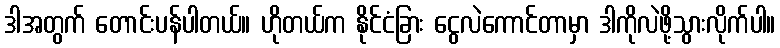
ဒါအတွက် တောင်းပန်ပါတယ်။ ဟိုတယ်က နိုင်ငံခြား ငွေလဲကောင်တာမှာ ဒါကိုလဲဖို့သွားလိုက်ပါ။